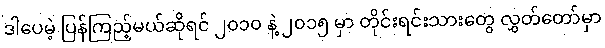
ဒါပေမဲ့ ပြန်ကြည့်မယ်ဆိုရင် ၂၀၁၀ နဲ့ ၂၀၁၅ မှာ တိုင်းရင်းသားတွေ လွှတ်တော်မှာ